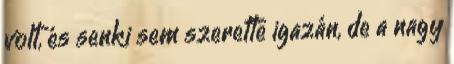
volt, és senki sem szerette igazán, de a nagy